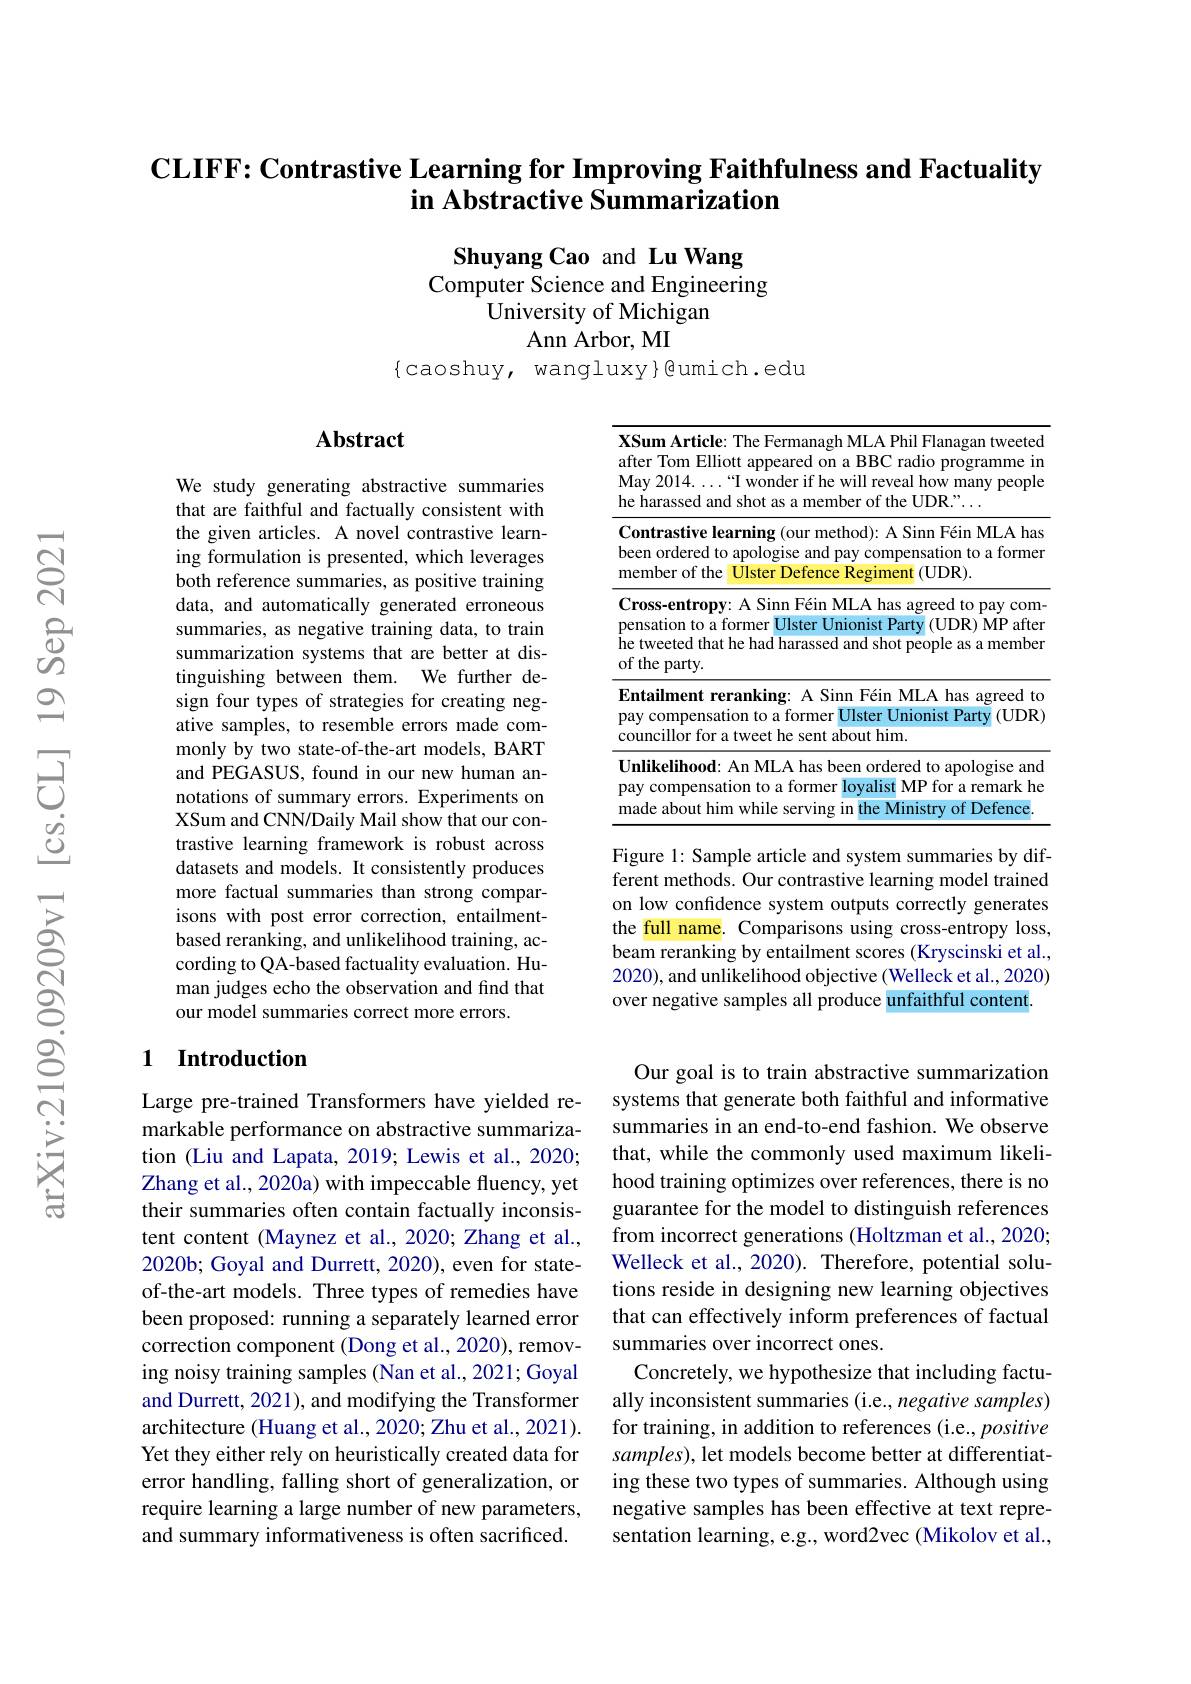
## $\textbf{CLIFF: Contrastive Learning for Improving Faithfulness and Factuality}$ in Abstractive Summarization

Shuyang Cao and Lu Wang
Computer Science and Engineering
University of Michigan
Ann Arbor, MI
$\{$caoshuy, wangluxy$\}$@umich.edu

## Abstract

We study generating abstractive summaries that are faithful and factually consistent with the given articles. A novel contrastive learning formulation is presented, which leverages both reference summaries, as positive training data, and automatically generated erroneous summaries, as negative training data, to train summarization systems that are better at distinguishing between them. We further design four types of strategies for creating negative samples, to resemble errors made commonly by two state-of-the-art models, BART and PEGASUS, found in our new human annotations of summary errors. Experiments on XSum and CNN/Daily Mail show that our contrastive learning framework is robust across datasets and models. It consistently produces more factual summaries than strong comparisons with post error correction, entailmentbased reranking, and unlikelihood training, according to QA-based factuality evaluation. Human judges echo the observation and find that our model summaries correct more errors.

### 1 $\textbf{Introduction}$

Large pre-trained Transformers have yielded remarkable performance on abstractive summarization (Liu and Lapata, 2019; Lewis et al., 2020; Zhang et al., 2020a) with impeccable fluency, yet their summaries often contain factually inconsistent content (Maynez et al., 2020; Zhang et al., 2020b; Goyal and Durrett, 2020), even for stateof-the-art models. Three types of remedies have been proposed: running a separately learned error correction component (Dong et al., 2020), removing noisy training samples (Nan et al., 2021; Goyal and Durrett, 2021), and modifying the Transformer architecture (Huang et al., 2020; Zhu et al., 2021). Yet they either rely on heuristically created data for error handling, falling short of generalization, or require learning a large number of new parameters, and summary informativeness is often sacrificed.

<table>
	<tbody>
		<tr>
			<td>$\textbf{n Article: The Fermanagh MLA Phil Flanagan tweeted}$ Tom Elliott appeared on a BBC radio programme im $2014.\ldots$“I wonder if he will reveal how many people rassed and shot as a member of the UDR."...</td>
		</tr>
		<tr>
			<td>rastive learning (our method): A Sinn Féin MLA has ordered to apologise and pay compensation to a former ber of the Ulster Defence Regiment $(\mathbf{UDR}).$</td>
		</tr>
		<tr>
			<td>s-entropy: A Sinn Féin MLA has agreed to pay com tion to a former Ulster Unionist Party ( (UDR) MP after eeted that he had harassed and shot people as a member :party.</td>
		</tr>
		<tr>
			<td>ilment reranking: A Sinn Féin MLA has agreed to ompensation to a former Ulster Unionist Party $y\left(\mathrm{UDR}\right)$ cillor for a tweet he sent about him.</td>
		</tr>
		<tr>
			<td>$\textbf{xelihood: An MLA has been ordered to apologise and}$ ompensation to a former loyalist MP for a remark he about him while serving in the Ministry of Defence</td>
		</tr>
	</tbody>
</table>

Figure 1: Sample article and system summaries by different methods. Our contrastive learning model trained on low confidence system outputs correctly generates the full name. Comparisons using cross-entropy loss, beam reranking by entailment scores (Kryscinski et al., 2020), and unlikelihood objective (Welleck et al., 2020) over negative samples all produce unfaithful content.

Our goal is to train abstractive summarization systems that generate both faithful and informative summaries in an end-to-end fashion. We observe that, while the commonly used maximum likelihood training optimizes over references, there is no guarantee for the model to distinguish references from incorrect generations (Holtzman et al., 2020; Welleck et al., 2020). Therefore, potential solutions reside in designing new learning objectives that can effectively inform preferences of factual summaries over incorrect ones.
Concretely, we hypothesize that including factually inconsistent summaries (i.e., negative samples) for training, in addition to references (i.e., positive samples), let models become better at differentiating these two types of summaries. Although using negative samples has been effective at text representation learning, e.g., word2vec (Mikolov et al.,